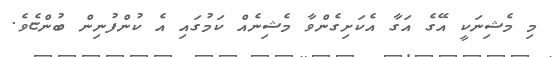
މި މެޝިނަކީ އޭގެ އަގާ އެކަށިގެންވާ މެޝިނެއް ކަމުގައި އެ ކުންފުނިން ބުންޏެވެ.